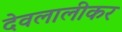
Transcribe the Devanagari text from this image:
देवलालीकर